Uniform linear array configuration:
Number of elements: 16
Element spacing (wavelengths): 0.75
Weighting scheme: uniform
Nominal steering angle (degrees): -30
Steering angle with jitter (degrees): -30.445
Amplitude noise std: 0.05
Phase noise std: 0.05

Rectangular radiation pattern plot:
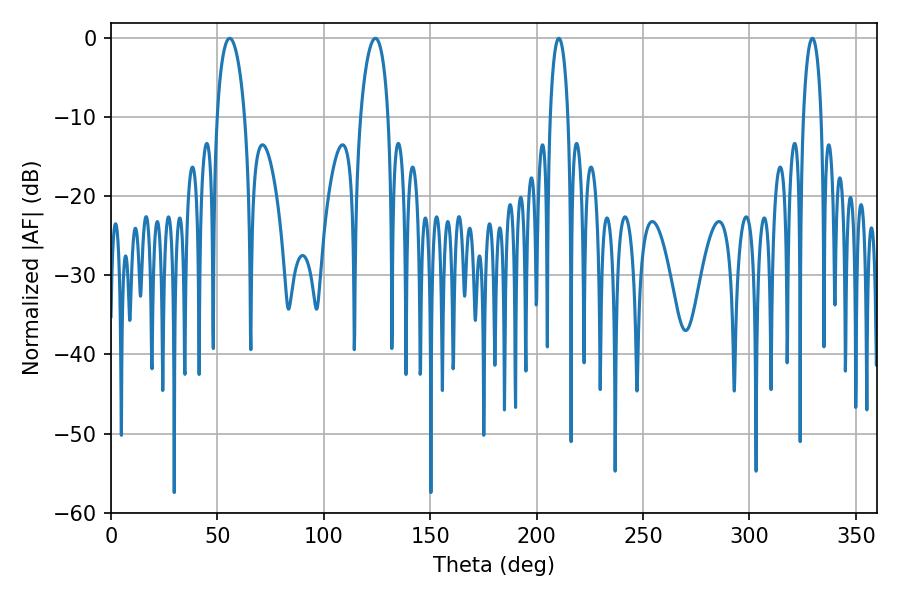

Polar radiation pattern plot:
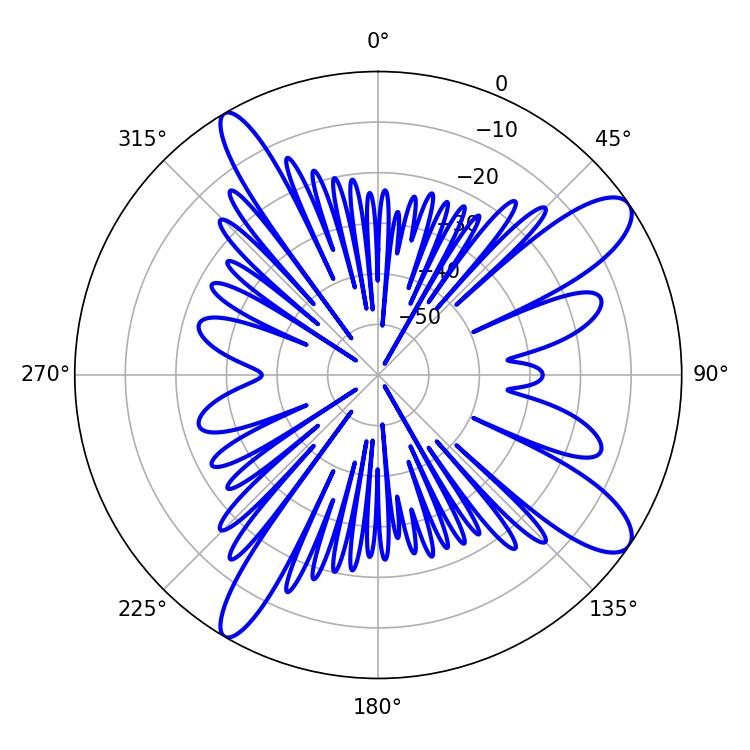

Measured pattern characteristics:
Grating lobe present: TRUE
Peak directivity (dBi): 11.422
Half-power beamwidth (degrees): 4.68
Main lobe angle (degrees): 210.42